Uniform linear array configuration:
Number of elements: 32
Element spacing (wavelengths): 0.5
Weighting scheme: binomial
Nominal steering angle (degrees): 60
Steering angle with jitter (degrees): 58.069
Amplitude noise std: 0.05
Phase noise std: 0.05

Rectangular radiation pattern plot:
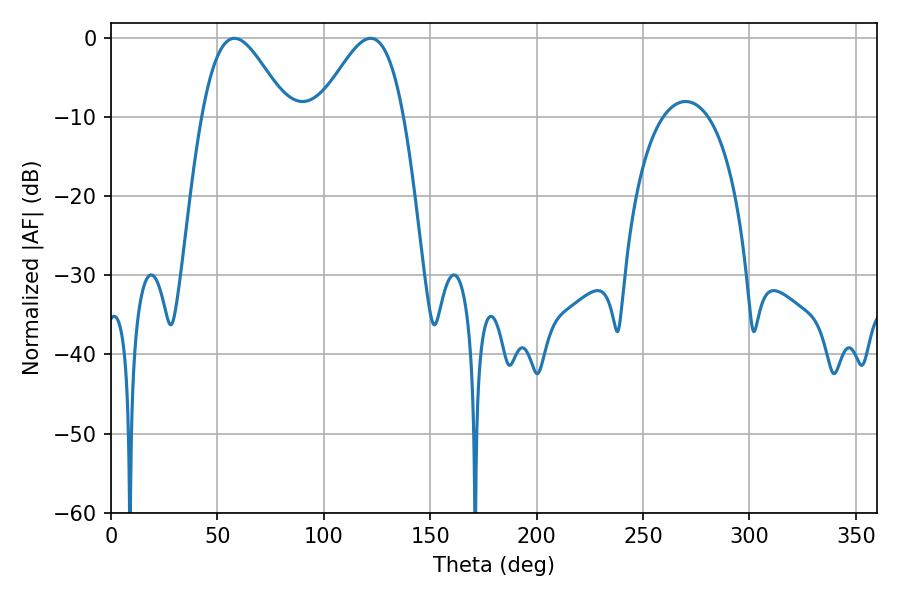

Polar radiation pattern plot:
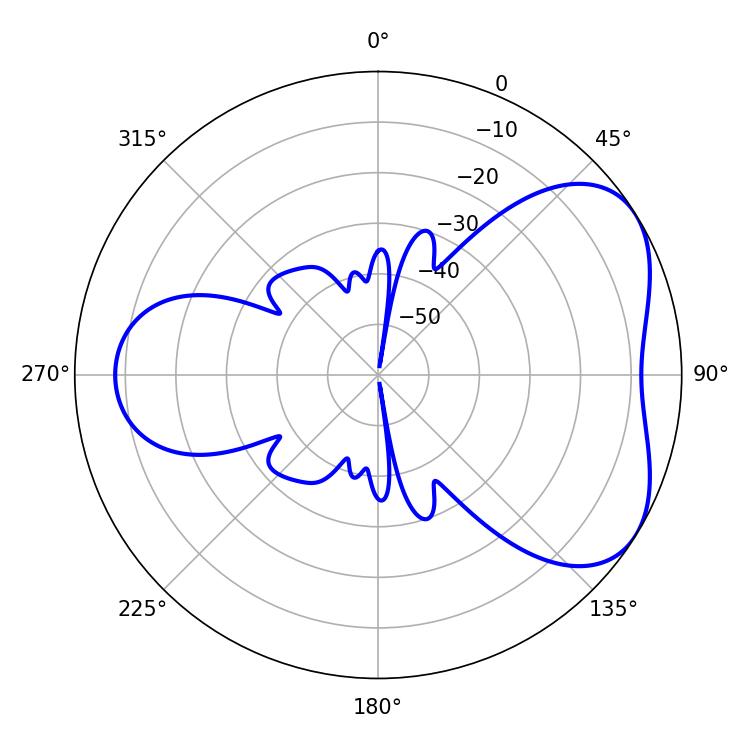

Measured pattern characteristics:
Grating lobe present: FALSE
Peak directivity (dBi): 4.781
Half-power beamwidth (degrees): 21.42
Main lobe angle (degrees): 57.96